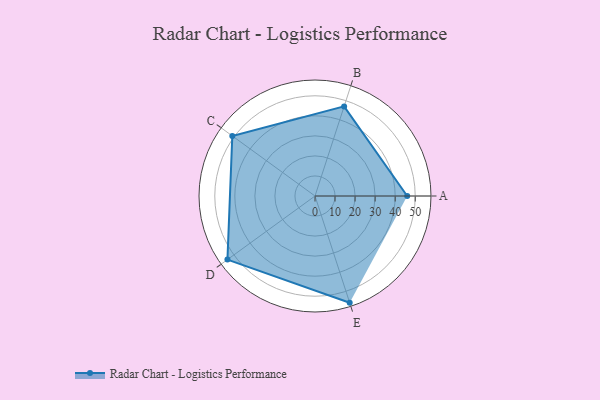
{"axis": {"x": "Skill", "y": "Score"}, "legend": ["Profile"], "data": [{"x": "A", "y": 46.0, "type": "Profile"}, {"x": "B", "y": 47.0, "type": "Profile"}, {"x": "C", "y": 51.0, "type": "Profile"}, {"x": "D", "y": 54.0, "type": "Profile"}, {"x": "E", "y": 56.0, "type": "Profile"}]}